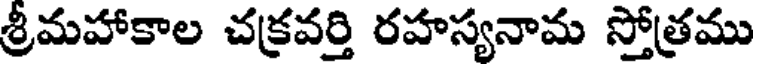
శ్రీమహాకాల చక్రవర్తి రహస్యనామ స్తోత్రము